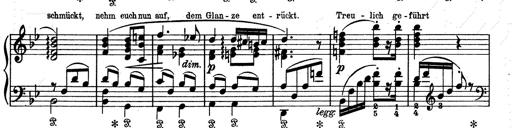
Title: Aus Lohengrin
Composer: Franz Liszt